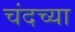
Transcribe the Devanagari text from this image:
चंदच्या